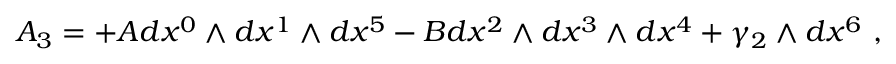
A _ { 3 } = + A d x ^ { 0 } \wedge d x ^ { 1 } \wedge d x ^ { 5 } - B d x ^ { 2 } \wedge d x ^ { 3 } \wedge d x ^ { 4 } + \gamma _ { 2 } \wedge d x ^ { 6 } \ ,